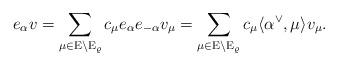
LaTeX: \begin{align*} e_\alpha v = \sum \limits_{\mu \in \mathrm E \setminus \mathrm E_\varrho} c_\mu e_\alpha e_{-\alpha} v_\mu = \sum \limits_{\mu \in \mathrm E \setminus \mathrm E_\varrho} c_\mu \langle \alpha^\vee, \mu \rangle v_\mu.\end{align*}